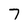
Character: 7